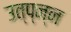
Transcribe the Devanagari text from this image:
उत्प्न्न